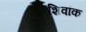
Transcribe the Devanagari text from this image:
शिवांक